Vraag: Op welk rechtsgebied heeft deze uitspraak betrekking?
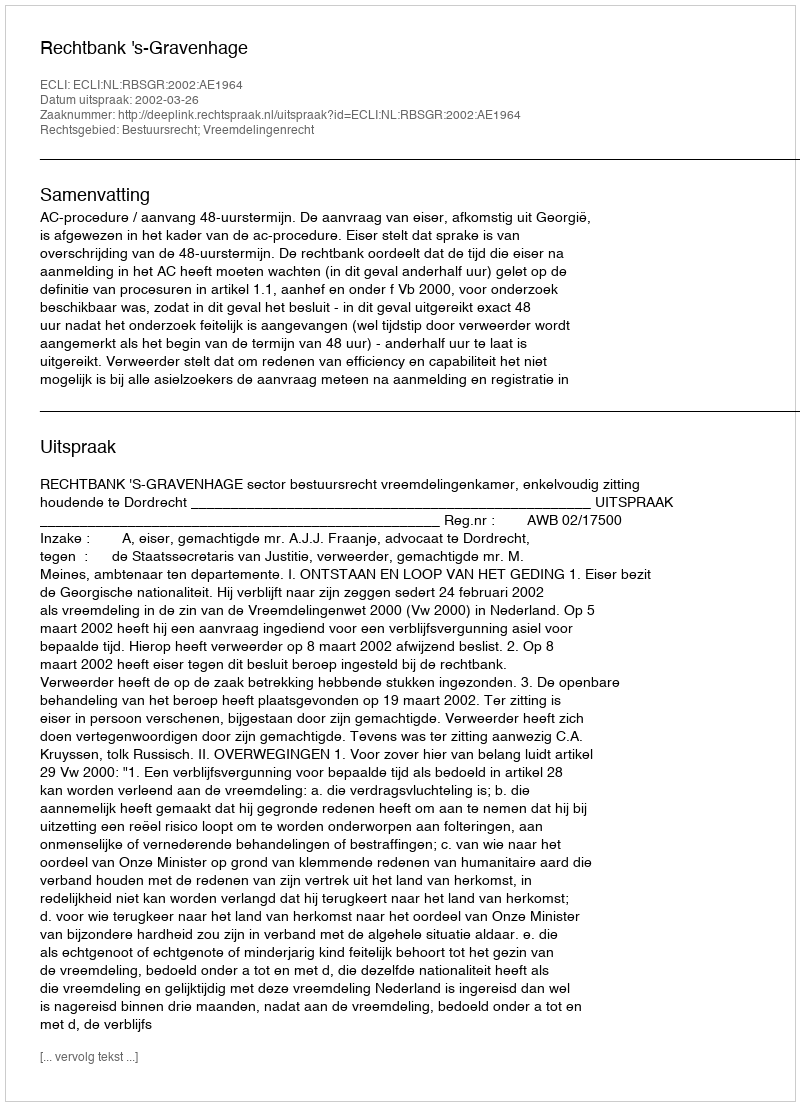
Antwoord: Bestuursrecht; Vreemdelingenrecht